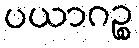
ပယာဂဉ္စ